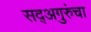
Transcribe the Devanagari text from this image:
सद्‍अगुरुंचा